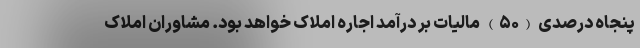
پنجاه درصدی (۵۰) مالیات بر درآمد اجاره املاک خواهد بود. مشاوران املاک